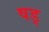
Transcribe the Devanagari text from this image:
षड्‍